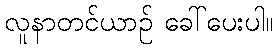
လူနာတင်ယာဉ် ခေါ်ပေးပါ။